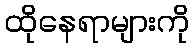
ထိုနေရာများကို